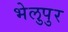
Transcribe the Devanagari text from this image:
भेलुपुर